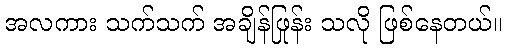
အလကား သက်သက် အချိန်ဖြုန်း သလို ဖြစ်နေတယ်။